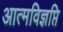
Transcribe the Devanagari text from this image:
आत्मविज्ञप्ति